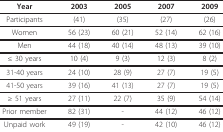
| Year | 2003 | 2005 | 2007 | 2009 |
 | --- | --- | --- | --- | --- |
 | Participants | (41) | (35) | (27) | (26) |
 | Women | 56 (23) | 60 (21) | 52 (14) | 62 (16) |
 | Men | 44 (18) | 40 (14) | 48 (13) | 39 (10) |
 | ≤ 30 years | 10 (4) | 9 (3) | 12 (3) | 8 (2) |
 | 31-40 years | 24 (10) | 28 (9) | 27 (7) | 19 (5) |
 | 41-50 years | 39 (16) | 41 (13) | 27 (7) | 19 (5) |
 | ≥ 51 years | 27 (11) | 22 (7) | 35 (9) | 54 (14) |
 | Prior member | 82 (31) | - | 44 (12) | 46 (12) |
 | Unpaid work | 49 (19) | - | 42 (10) | 46 (12) |